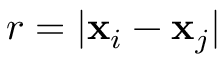
r = | \mathbf { x } _ { i } - \mathbf { x } _ { j } |